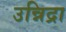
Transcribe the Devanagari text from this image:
उन्निद्रा